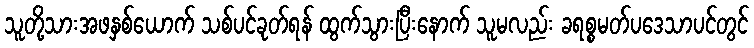
သူတို့သားအဖနှစ်ယောက် သစ်ပင်ခုတ်ရန် ထွက်သွားပြီးနောက် သူမလည်း ခရစ္စမတ်ပဒေသာပင်တွင်